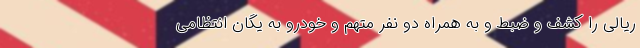
ریالی را کشف و ضبط و به همراه دو نفر متهم و خودرو به یگان انتظامی